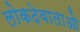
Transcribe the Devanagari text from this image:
लोकदेवाताओ